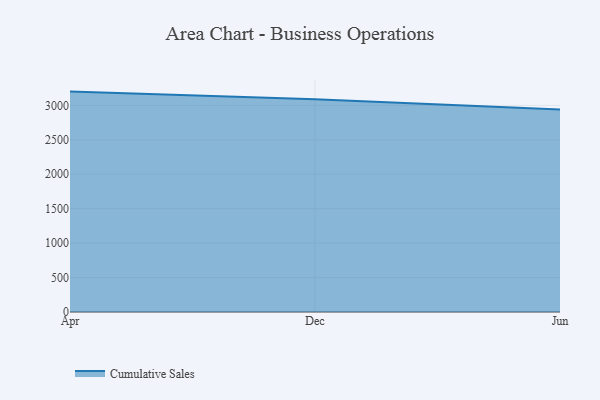
{"axis": {"x": "Month", "y": "Shipments"}, "legend": ["Cumulative Sales"], "data": [{"x": "Apr", "y": 3200.1, "type": "Cumulative Sales"}, {"x": "Dec", "y": 3089.1, "type": "Cumulative Sales"}, {"x": "Jun", "y": 2940.3, "type": "Cumulative Sales"}]}